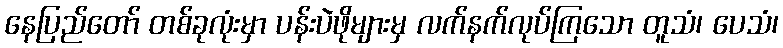
နေပြည်တော် တစ်ခုလုံးမှာ ပန်းပဲဖိုများမှ လက်နက်လုပ်ကြသော တူသံ၊ ပေသံ၊